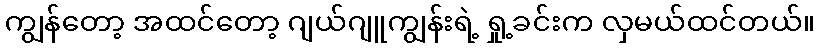
ကျွန်တော့ အထင်တော့ ဂျယ်ဂျူကျွန်းရဲ့ ရှု့ခင်းက လှမယ်ထင်တယ်။